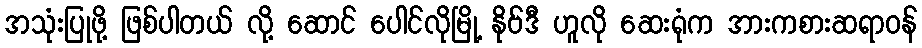
အသုံးပြုဖို့ ဖြစ်ပါတယ် လို့ ဆောင် ပေါင်လိုမြို့ နိုဗ်ဒီ ဟူလို ဆေးရုံက အားကစားဆရာဝန်